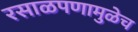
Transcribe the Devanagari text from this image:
रसाळपणामुळेच